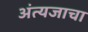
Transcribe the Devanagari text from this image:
अंत्यजाचा